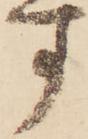
す